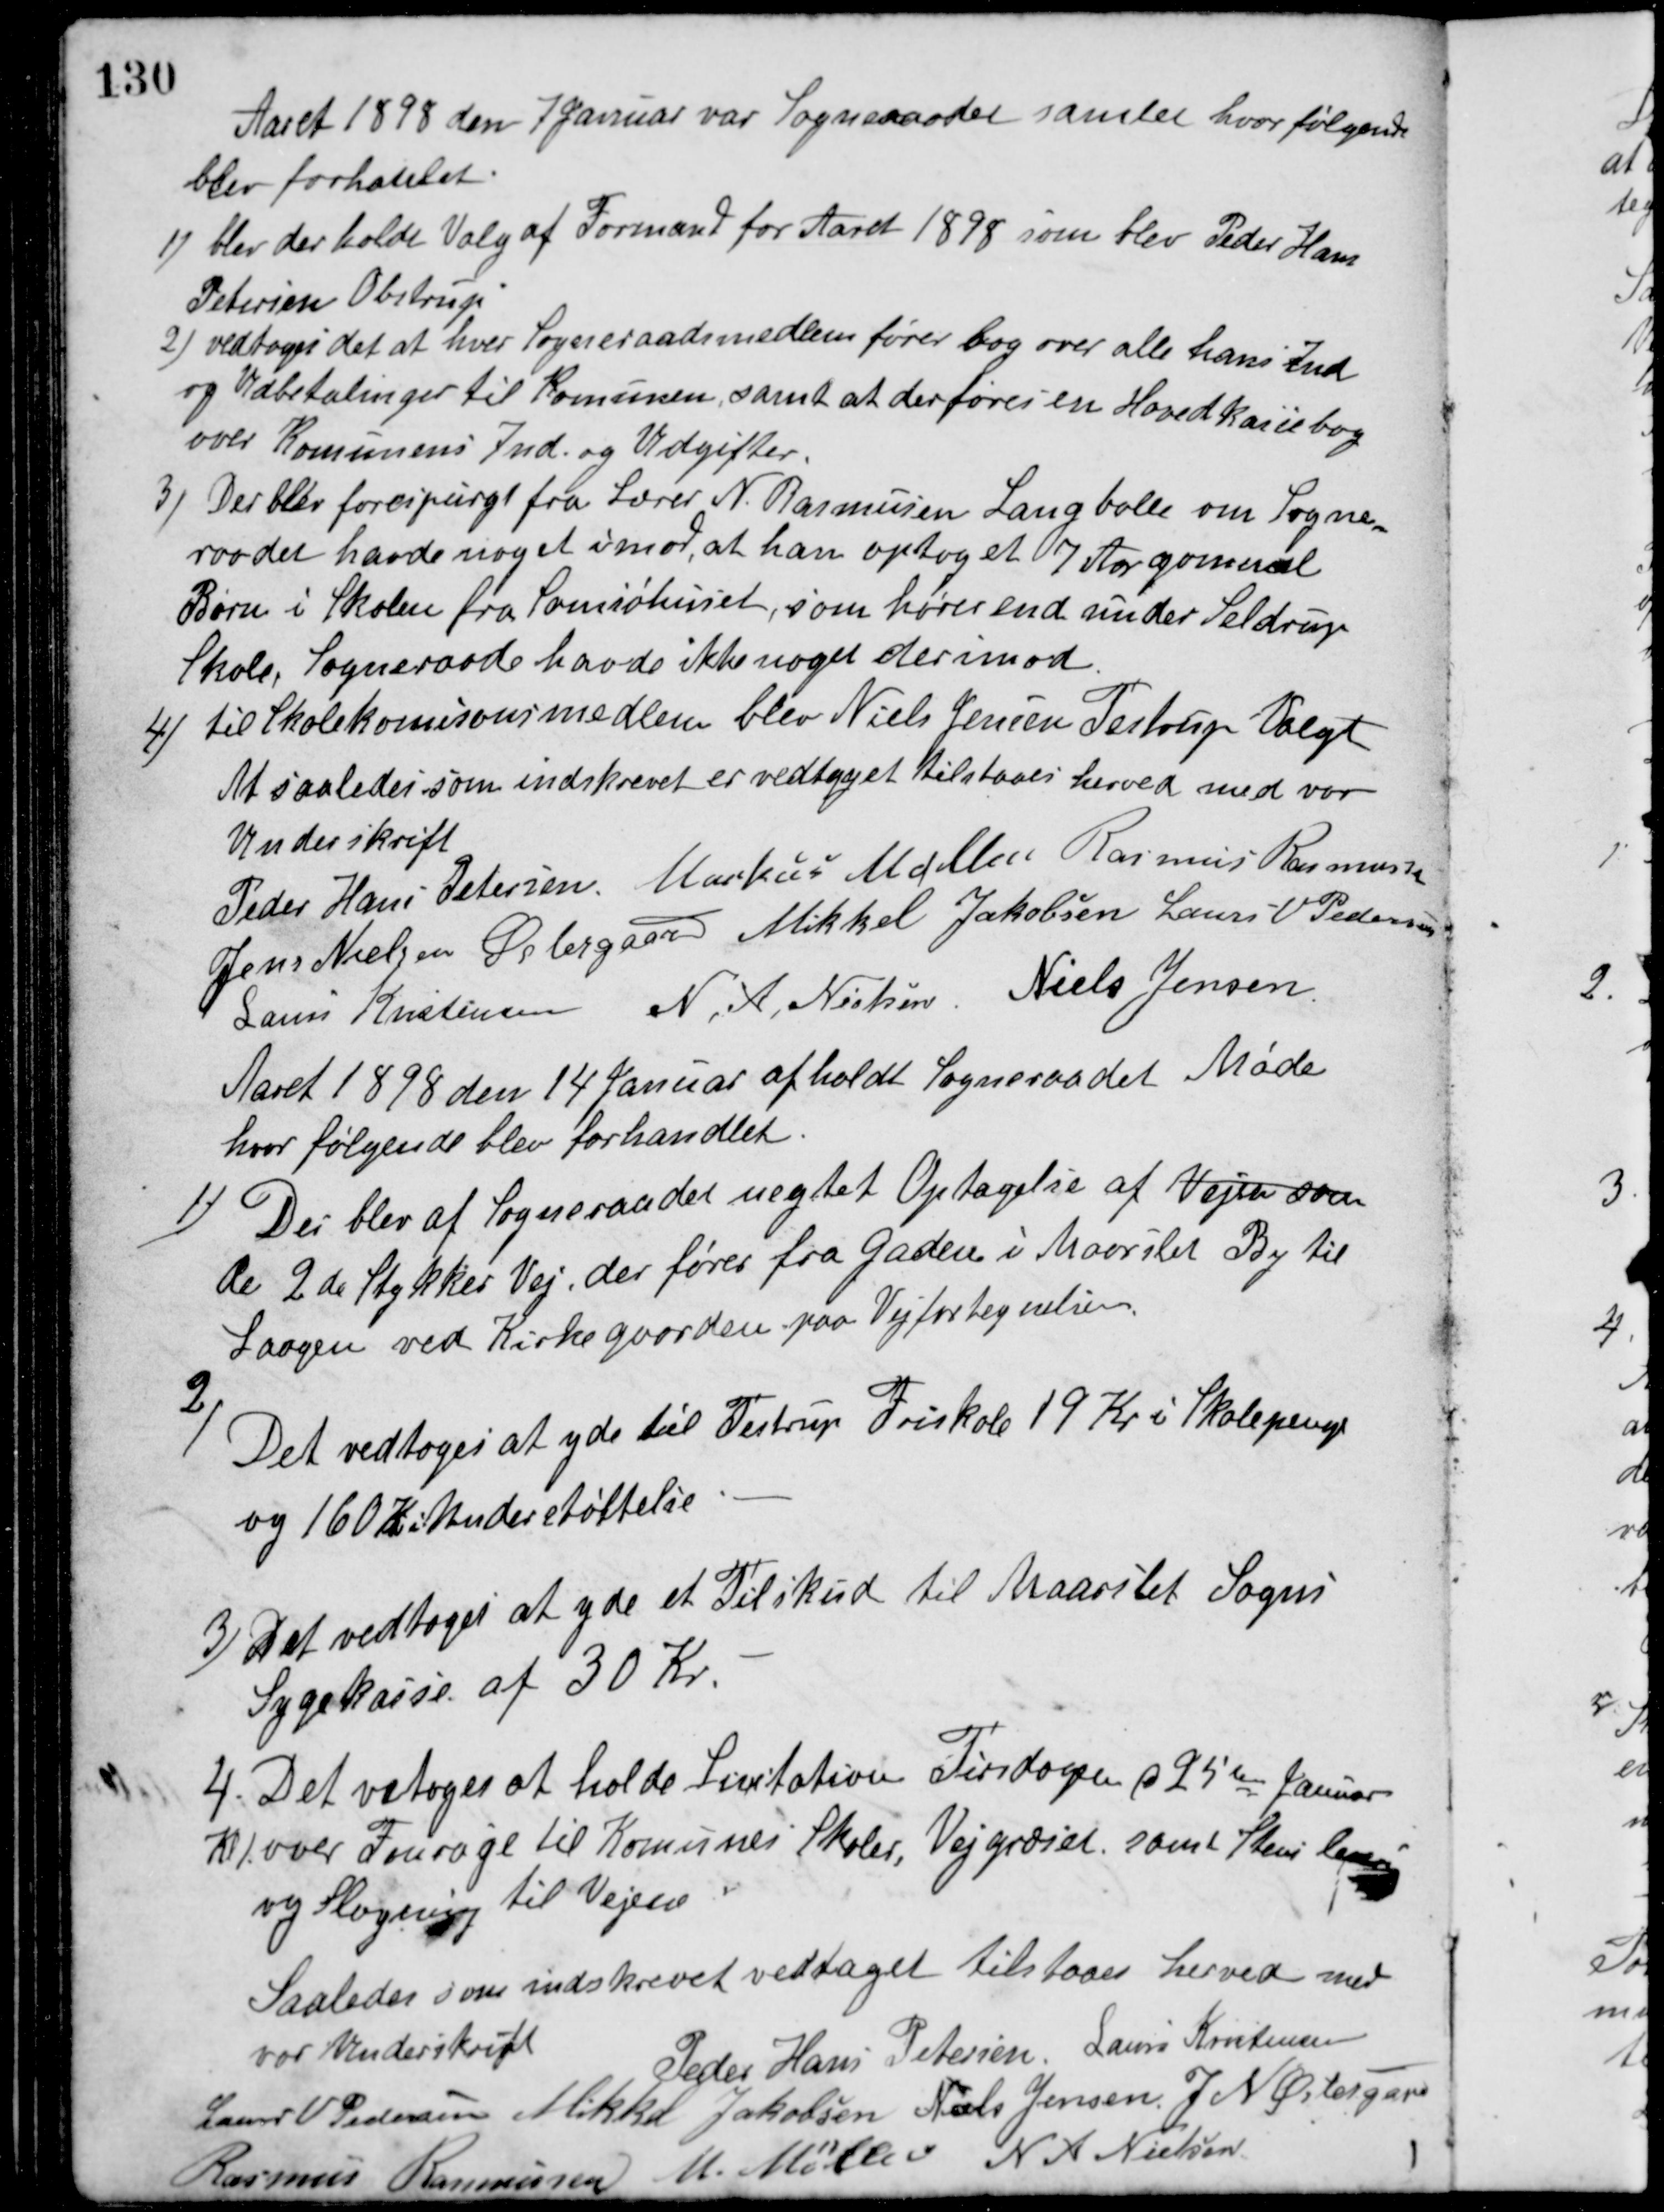
Transskription:
Aaret 1898 den 7 Januar var Sogneraadet samlet hvor følgende
blev forhandlet.
1) blev der holdt Valg af Formand for Aaret 1898 som blev Peder Hans
Petersen Obstrup.
2) vedtoges det at hver Sogneraadsmedlem fører bog over alle hans Ind-
og Udbetalinger til Komunen, samt at der føres en Hovedkassebog
over Komunens Ind- og Udgifter.
3) Der blev forespurgt fra Lærer N. Rasmussen Langballe om Sogne-
raadet havde noget imod, at han optog et 7 Aar gammel
Barn i Skolen fra Samiøhuset, som hører end under Seldrup
Skole. Sogneraade havde ikke noget derimod.
4) til Skolekomisionsmedlem blev Niels Jensen Testrup Valgt.
At saaledes som indskrevet er vedtaget tilstaaes herved med vor
Underskrift.
Peder Hans Petersen Markus Møller Rasmus Rasmussen
Jens Nielsen Østergaard Mikkel Jakobsen Laurs V. Pedersen
Laurs Kristensen N. A. Nielsen Niels Jensen
Aaret 1898 den 14 Januar afholdt Sogneraadet Møde
hvor følgende blev forhandlet.
1) Der blev af Sogneraadet nægtet Optagelse af Vejen som
de 2 de Stykker Vej, der føres fra Gaden i Maarslet By til
Laagen ved Kirkegaarden paa Vejfortegnelsen.
2) Det vedtoges at yde til Testrup Friskole 19 Kr i Skolepenge
og 160 Kr Understøttelse
3. Det vedtoges at yde et Tilskud til Maarslet Sogns
Sygekasse af 30 Kr.
4. Det vetoges at holde Licitation Tirsdagen d. 25ende Januar
Kl 1 over Fourage til Komunes Skoler, Vejgræset, samt Stens levering
og Slagning til Vejene.
Saaledes som indskrevet vedtaget tilstaaes herved med
vor Underskrift
Peder Hans Petersen Laurs Kristensen
Laurs V. Pedersen Mikkel Jakobsen Niels Jensen J. N. Østergaard
Rasmus Rasmussen M. Møller N. A. Nielsen